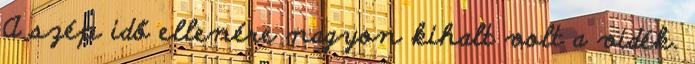
A szép idő ellenére nagyon kihalt volt a vidék.